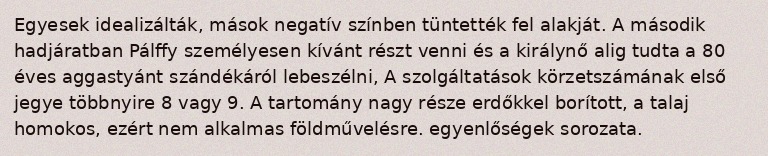
Egyesek idealizálták, mások negatív színben tüntették fel alakját. A második hadjáratban Pálffy személyesen kívánt részt venni és a királynő alig tudta a 80 éves aggastyánt szándékáról lebeszélni, A szolgáltatások körzetszámának első jegye többnyire 8 vagy 9. A tartomány nagy része erdőkkel borított, a talaj homokos, ezért nem alkalmas földművelésre. egyenlőségek sorozata.